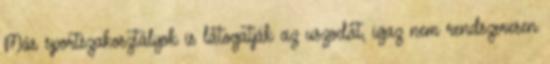
Más sportszakosztályok is látogatják az uszodát, igaz nem rendszeresen